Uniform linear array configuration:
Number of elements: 16
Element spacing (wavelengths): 0.75
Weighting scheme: exponential
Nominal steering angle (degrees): -30
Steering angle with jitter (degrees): -29.863
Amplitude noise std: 0.05
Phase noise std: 0.05

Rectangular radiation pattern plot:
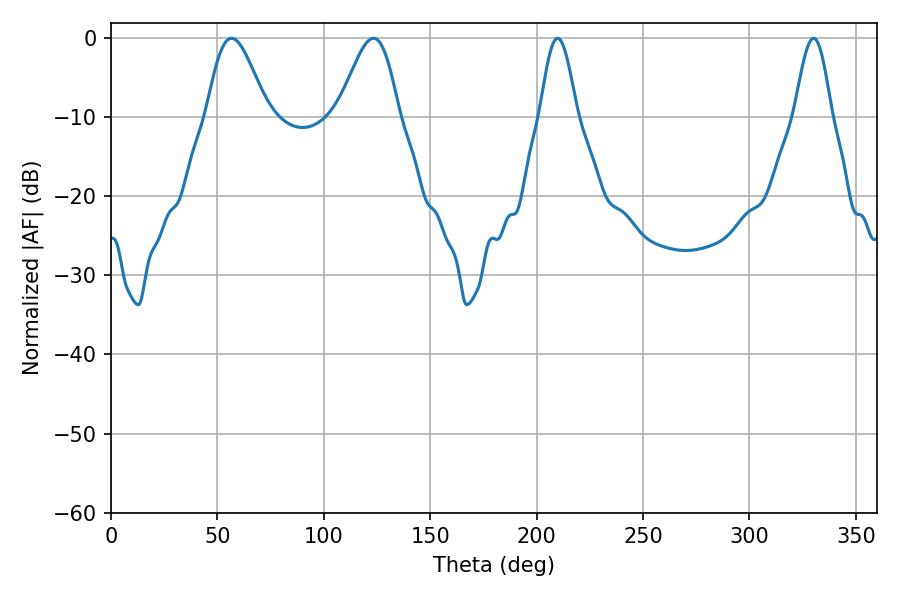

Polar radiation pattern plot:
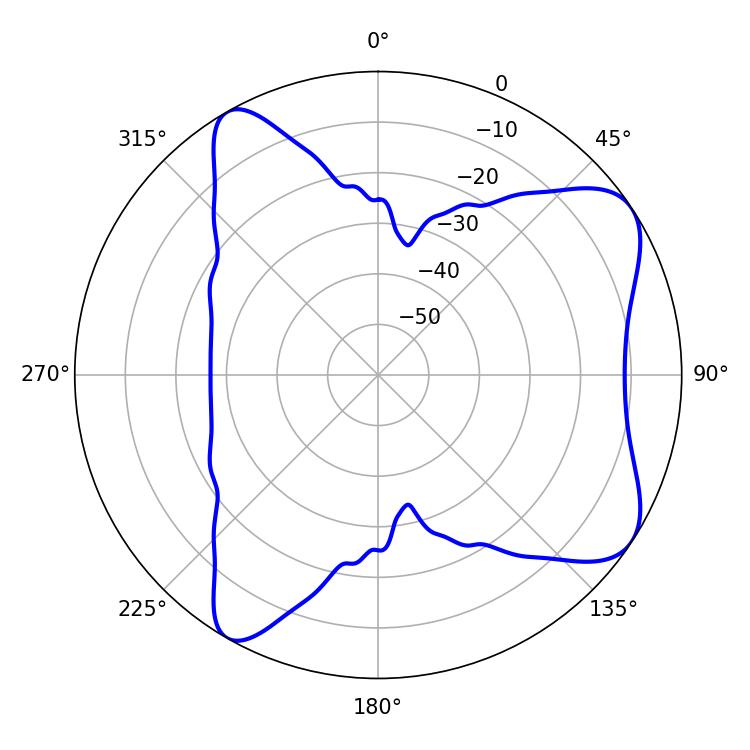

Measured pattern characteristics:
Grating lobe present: TRUE
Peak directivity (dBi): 7.554
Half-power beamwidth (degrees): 9.18
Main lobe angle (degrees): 209.88